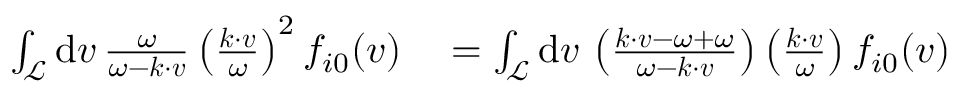
\begin{array} { r l } { \int _ { \mathcal { L } } \mathrm { d } \boldsymbol { v } \, \frac { \omega } { \omega - \boldsymbol { k } \cdot \boldsymbol { v } } \left( \frac { \boldsymbol { k } \cdot \boldsymbol { v } } { \omega } \right) ^ { 2 } f _ { i 0 } ( \boldsymbol { v } ) } & { { } = \int _ { \mathcal { L } } \mathrm { d } \boldsymbol { v } \, \left( \frac { \boldsymbol { k } \cdot \boldsymbol { v } - \omega + \omega } { \omega - \boldsymbol { k } \cdot \boldsymbol { v } } \right) \left( \frac { \boldsymbol { k } \cdot \boldsymbol { v } } { \omega } \right) f _ { i 0 } ( \boldsymbol { v } ) } \end{array}